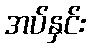
အပ်နှင်း